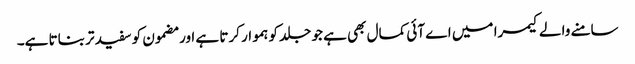
سامنے والے کیمرا میں اے آئی کمال بھی ہے جو جلد کو ہموار کرتا ہے اور مضمون کو سفید تر بناتا ہے۔